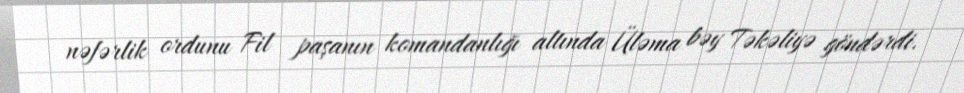
nəfərlik ordunu Fil paşanın komandanlığı altında Üləma bəy Təkəliyə göndərdi.